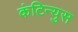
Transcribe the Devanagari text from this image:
कंटिन्युस